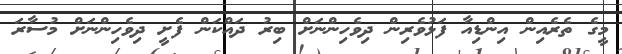
މީގެ ތެރެއިން އިންޑިއާ ފަޅުވެރިން ދިވެހިންނަށް ބިރު ދައްކަން ފެށީ ދިވެހިންނަށް މުސާރަ